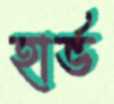
হার্ভ